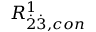
R _ { \dot { 2 } \dot { 3 } , c o n } ^ { 1 }